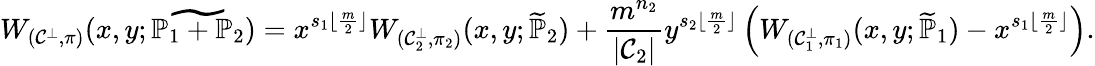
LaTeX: W_{(\mathcal{C}^{\bot},\pi)}(x,y;\widetilde{\mathbb{P}_{1}+\mathbb{P}_{2}})=x^{s_{1}\lfloor\frac{m}{2}\rfloor}W_{(\mathcal{C}_{2}^{\bot},\pi_{2})}(x,y;\widetilde{\mathbb{P}}_{2})+\frac{m^{n_{2}}}{|\mathcal{C}_{2}|}y^{s_{2}\lfloor\frac{m}{2}\rfloor}\left(W_{(\mathcal{C}_{1}^{\bot},\pi_{1})}(x,y;\widetilde{\mathbb{P}}_{1})-x^{s_{1}\lfloor\frac{m}{2}\rfloor}\right).